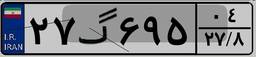
۲۷گ۶۹۵۰۴